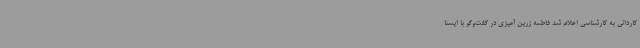
کاردانی به کارشناسی اعلام شد فاطمه زرین آمیزی در گفت‌وگو با ایسنا